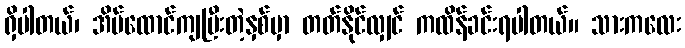
ရှိပါတယ်၊ အိမ်ထောင်ကျပြီးတဲ့နှစ်မှာ တတ်နိုင်လျှင် ကထိန်ခင်းရပါတယ်။ သားကလေး